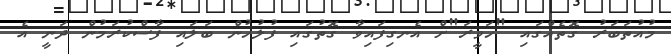
މުއުތަބަރު ގޮތެއްގައި "ހަވީރަ"ށް އެނގިފައިވާ ގޮތުގައި ފުލުހުން ބަލައި ފާސްކުރަމުން ދަނީ އެ